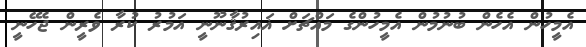
އެމީހުން އެހެން ބުނުމުން އެމީހުންގެ މައްޗަށް ޣައިރުޤާނޫނީ އަމުރު ކުރާ ވެރީން ޖެހޭނީ